Manual of the Civil Veterinary Department, Central Provinces and Berar
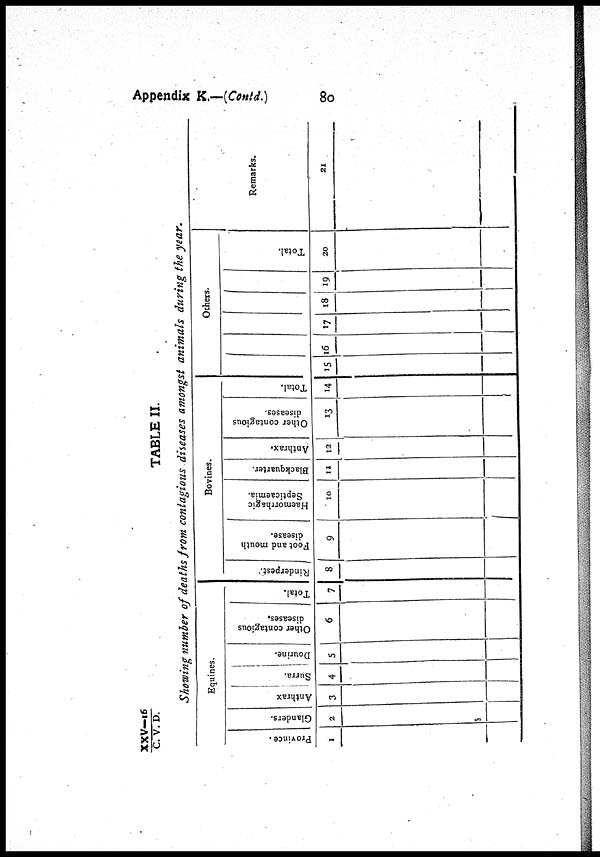
Appendix K.—(Contd.)
80
XXV—16/C.
V. D.
TABLE II.
Showing number of deaths from contagious diseases amongst animals during the year.
Equines.
Province.
1
Glanders.
2
Anthrax
3
Surra.
4
Dourine.
5
Other contagious
diseases,
6
Total.
7
Bovines.
Rinderpest.
8
Foot and mouth
disease.
9
Haemorrhagic
Septicaemia.
10
Blackquarter.
11
Anthrax.
12
Other contagious
diseases.
13
Total.
14
Others.
15 16
17 18 19
Total.
20
Remarks.
21